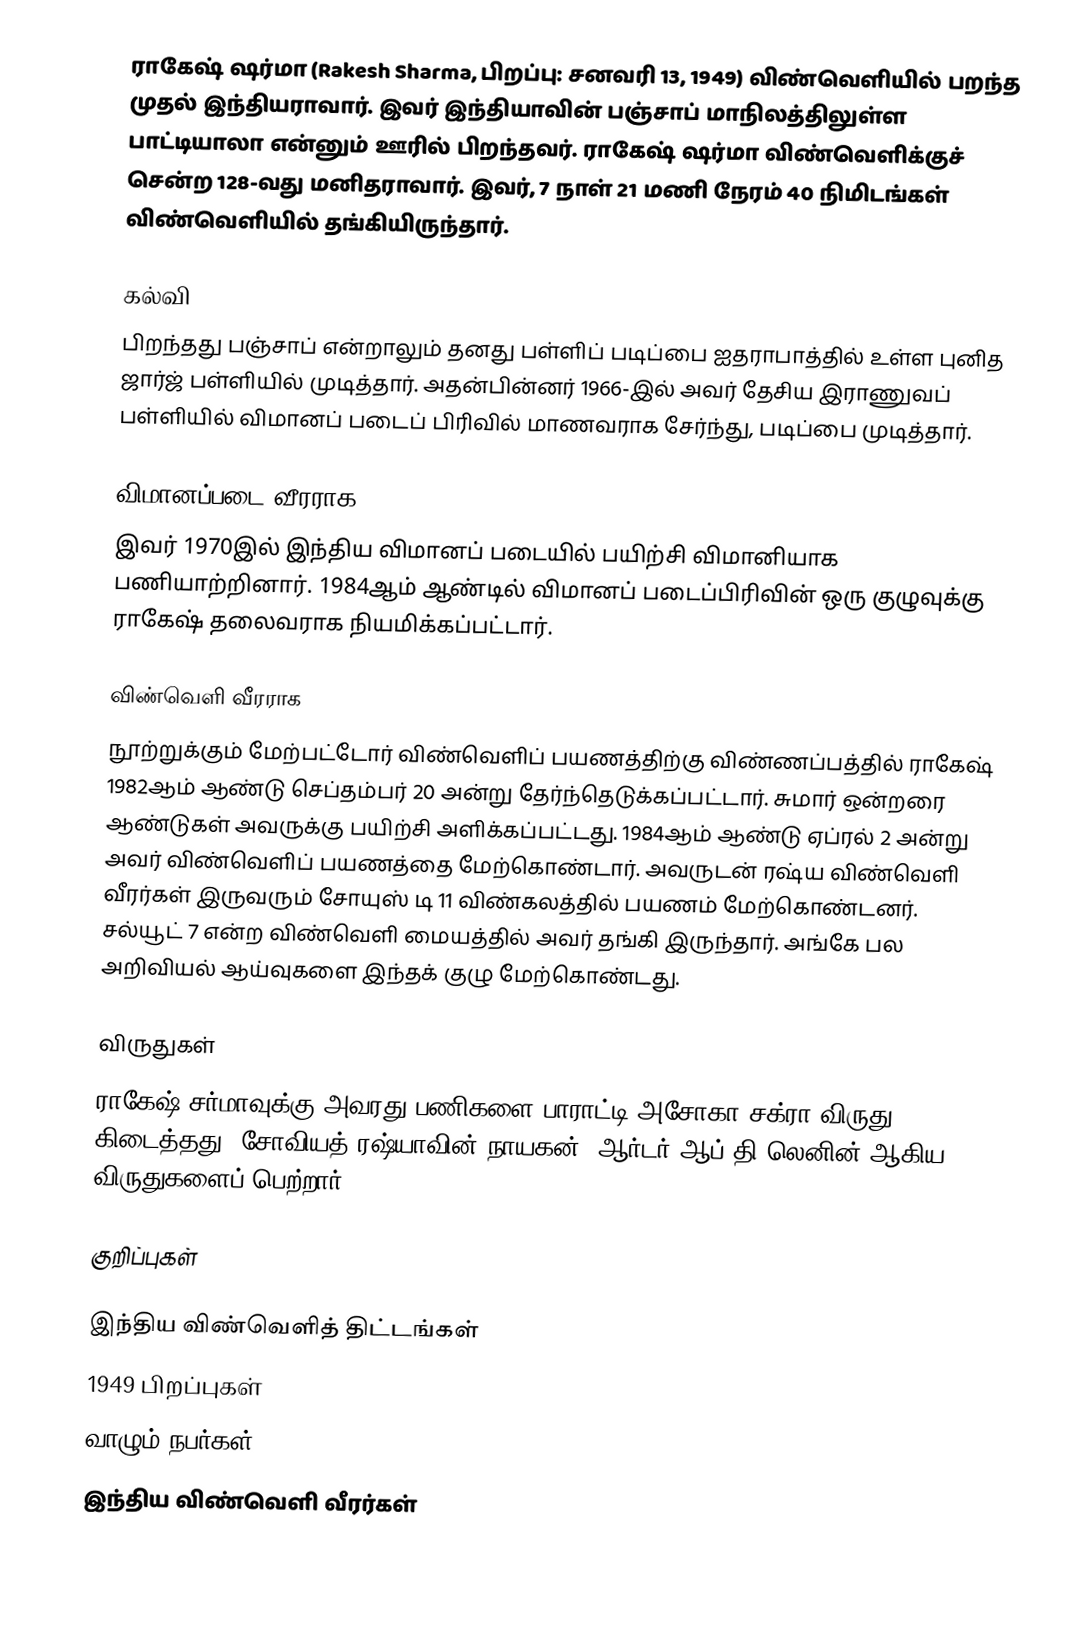
ராகேஷ் ஷர்மா (Rakesh Sharma, பிறப்பு: சனவரி 13, 1949) விண்வெளியில் பறந்த முதல் இந்தியராவார். இவர் இந்தியாவின் பஞ்சாப் மாநிலத்திலுள்ள பாட்டியாலா என்னும் ஊரில் பிறந்தவர். ராகேஷ் ஷர்மா விண்வெளிக்குச் சென்ற 128-வது மனிதராவார். இவர், 7 நாள் 21 மணி நேரம் 40 நிமிடங்கள் விண்வெளியில் தங்கியிருந்தார்.

கல்வி
பிறந்தது பஞ்சாப் என்றாலும் தனது பள்ளிப் படிப்பை ஐதராபாத்தில் உள்ள புனித ஜார்ஜ் பள்ளியில் முடித்தார். அதன்பின்னர் 1966-இல் அவர் தேசிய இராணுவப் பள்ளியில் விமானப் படைப் பிரிவில் மாணவராக சேர்ந்து, படிப்பை முடித்தார்.

விமானப்படை வீரராக
இவர் 1970இல் இந்திய விமானப் படையில் பயிற்சி விமானியாக பணியாற்றினார். 1984ஆம் ஆண்டில் விமானப் படைப்பிரிவின் ஒரு குழுவுக்கு ராகேஷ் தலைவராக நியமிக்கப்பட்டார்.

விண்வெளி வீரராக
நூற்றுக்கும் மேற்பட்டோர் விண்வெளிப் பயணத்திற்கு விண்ணப்பத்தில் ராகேஷ் 1982ஆம் ஆண்டு செப்தம்பர் 20 அன்று தேர்ந்தெடுக்கப்பட்டார். சுமார் ஒன்றரை ஆண்டுகள் அவருக்கு பயிற்சி அளிக்கப்பட்டது. 1984ஆம் ஆண்டு ஏப்ரல் 2 அன்று அவர் விண்வெளிப் பயணத்தை மேற்கொண்டார். அவருடன் ரஷ்ய விண்வெளி வீரர்கள் இருவரும் சோயுஸ் டி 11 விண்கலத்தில் பயணம் மேற்கொண்டனர். சல்யூட் 7 என்ற விண்வெளி மையத்தில் அவர் தங்கி இருந்தார். அங்கே பல அறிவியல் ஆய்வுகளை இந்தக் குழு மேற்கொண்டது.

விருதுகள்
ராகேஷ் சர்மாவுக்கு அவரது பணிகளை பாராட்டி அசோகா சக்ரா விருது கிடைத்தது. சோவியத் ரஷ்யாவின் நாயகன், ஆர்டர் ஆப் தி லெனின் ஆகிய விருதுகளைப் பெற்றார்.

குறிப்புகள்

இந்திய விண்வெளித் திட்டங்கள்
1949 பிறப்புகள்
வாழும் நபர்கள்
இந்திய விண்வெளி வீரர்கள்